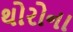
થોરોના